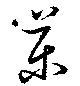
薬